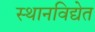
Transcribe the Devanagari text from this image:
स्थानविद्येत